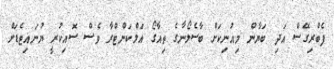
ފެބްރިގޭސް އަދި ބަޔާން މިއުނިކަށް ބާސެލޯނާގެ ތިއާގޯ އަލްކަންޓްރާ ވެސް ސޮއިކުރީ ޔުނައިޓެޑަށް